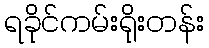
ရခိုင်ကမ်းရိုးတန်း